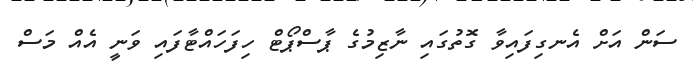
ސަން އަށް އެނގިފައިވާ ގޮތުގައި ނާޒިމުގެ ޕާސްޕޯޓް ހިފަހައްޓާފައި ވަނީ އެއް މަސް